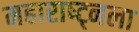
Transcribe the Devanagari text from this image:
महाराष्ट्नला